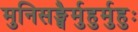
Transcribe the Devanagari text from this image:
मुनिसङ्घैर्मुहुर्मुहुः